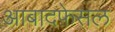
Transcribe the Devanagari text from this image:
आबादफ़ेसल